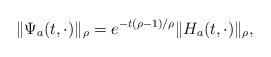
LaTeX: \begin{align*}\|\Psi_a(t,\cdot)\|_\rho=e^{-t(\rho-1)/\rho}\|H_a(t,\cdot)\|_\rho,\end{align*}